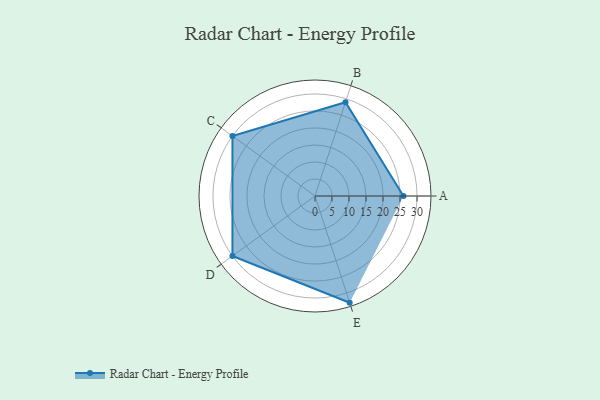
{"axis": {"x": "Skill", "y": "Score"}, "legend": ["Profile"], "data": [{"x": "A", "y": 26.0, "type": "Profile"}, {"x": "B", "y": 29.0, "type": "Profile"}, {"x": "C", "y": 30.0, "type": "Profile"}, {"x": "D", "y": 30.0, "type": "Profile"}, {"x": "E", "y": 33.0, "type": "Profile"}]}